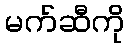
မက်ဆီကို